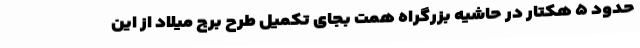
حدود ۵ هکتار در حاشیه بزرگراه همت بجای تکمیل طرح برج میلاد از این